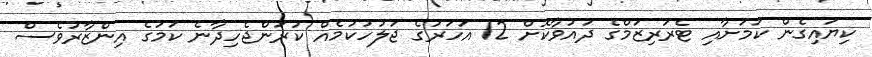
ކިޔައިގެން ކަމަށާއި ޓެރަރިޒަމްގެ ދައުވާކޮށް 12 އަހަރުގެ ޖަލުހުކުމެއް ކުރަންޖެހިދާނެ ކަމުގެ އިންޒާރުވެސް